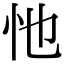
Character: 忚